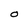
Character: O